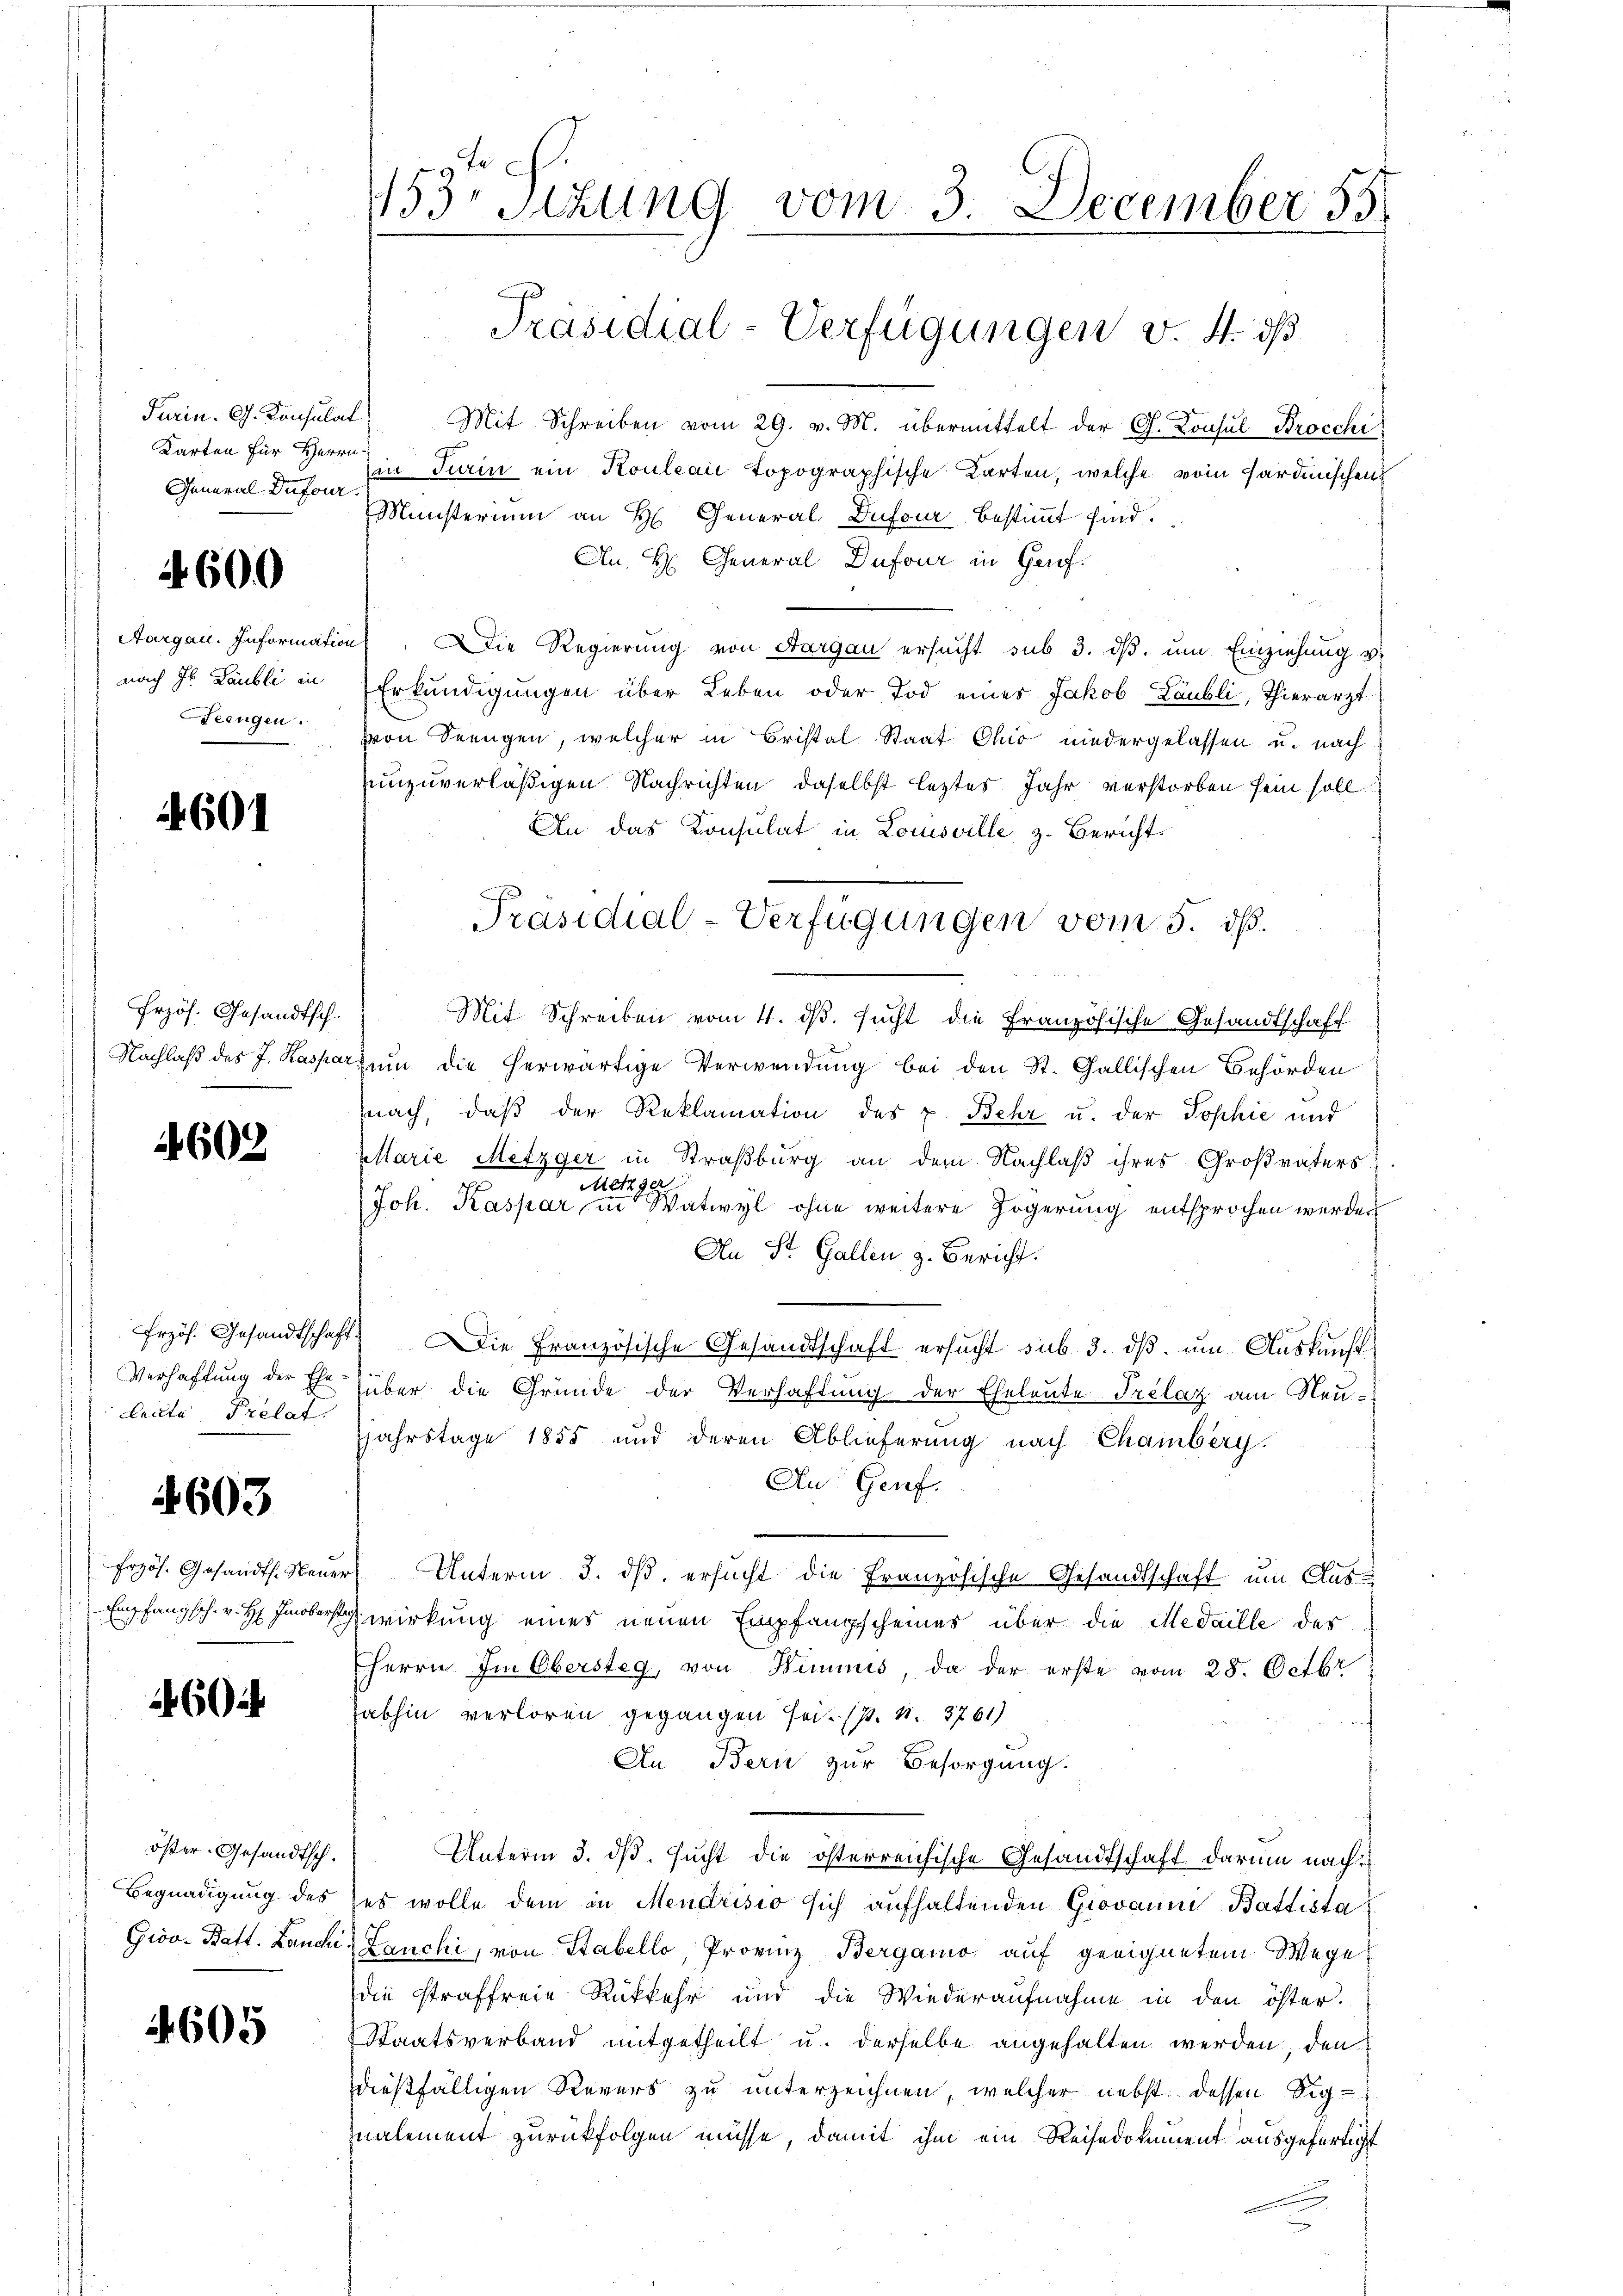
Purin. G. Konsulat
General Dufour

4600

Aargau. Information
nach Hr. Laubli in
eengen.

4601

Przös. Gesandtsch.
Nachlaß des J. Kaspar

4602.

rzös. Gesandtschaft:
Verhaffung der Ehe-
Leilte Prelat

4603

Frzös. Gesandt. Neuer
Empfangsch. v. H. Iinoberst

26024

öster Gesandtsch.
Begnadigung des
Gioo- Batt. Landi

4605

453 Sizung vom 3. December 55

Mit Schreiben vom 29. v. M. übermittelt der G. Konsul Brocchi
Karten für Herr Ein Turin ein Kouleai topographische Karten, welche vom Sardinischen
Münsterium an H. General Dufour bestimmt sind.
An H. General Dufour in Genf.
 Die Regierŭng von Aargau ersŭcht sub 3. dβ. ŭm Einziehung v.
Erkundigungen über Leben oder Tod eines Jakob Laubli, Thierarzt
vvon Freugen, welcher in Bristal Staat Chio niedergelassen u. nach
unzuverläßigen Nachrichten, daselbst leztes Jahr verstorben sein soll
An das Konsulat in Louisville, z. Bericht
Mit Schreiben vom 4. ds. sucht die Französische Gesandtschaft
zum die herwärtige Verwendung bei den St. Gallischen Behörden
nach, daß der Reklamation des u. Behr u. der Sophie und
Marie Metzger in Straßburg an dem Nachlaß ihres Großvaters
Metzger
Joh. Kaspar in Watwyl ohne weitere Zögerung entsprochen werden
An St. Gallen z. Bericht.
Die Französische Gesandtschaft ersucht sub 3. ds. um Auskunftüber die Gründe der Verhaftung der Eheleute Prélaz am Neu-
jahrstage 1855 und deren Ablieferung nach Chamberg.
An Genf.
Unterm 3. dß ersucht die Französische Gesandtschaft um Aus
wirkung eines neuen Empfangscheines über die Medaille des
Herrn Im Obersteg, von Wimmes, da der erste vom 28. Octbr
abhin verloren gegangen sei. (s. S. 3761)
An Bern zur Besorgung.
Unterm 3. ds. sucht die österreichische Gesandtschaft darum nach
es wolle dem in Mendrisio sich aufhaltenden Giovanni Battista
Lauchi, von Stabello, Provinz Bergamo auf geeignetem Wege
die straffreie Rückkehr und die Wiederaufnahme in den öster.
Staatsverband mitgetheilt u. derselbe angehalten werden, den
dießfälligen Revers zu unterzeichnen, welcher nebst dessen Signalement zurückfolgen müsse, damit ihm ein Reisedokument ausgefertigt

Präsidial-Verfügungen v. 4. ds

Präsidial-Verfügungen vom 5. dß.